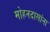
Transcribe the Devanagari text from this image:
मोहनदासांना